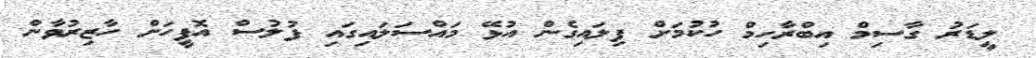
ލީޑަރު ގާސިމް އިބްރާހިމް ހުކުމަށް ފިލައިގެން އުޅޭ މައްސަލައިގައި ފުލުސް އޮފީހަށް ހާޒިރުވާން